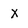
Character: X